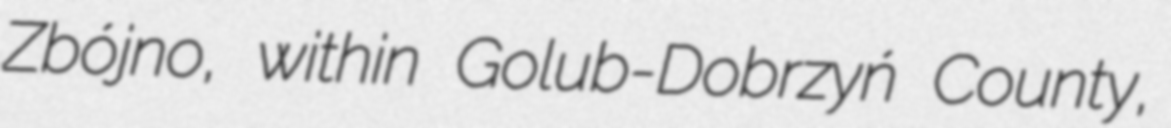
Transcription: Zbójno, within Golub-Dobrzyń County,